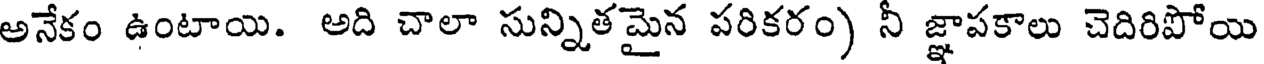
అనేకం ఉంటాయి. అది చాలా సున్నితమైన పరికరం) నీ జ్ఞాపకాలు చెదిరిపోయి